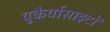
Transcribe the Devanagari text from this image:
युकैर्योसाइटों